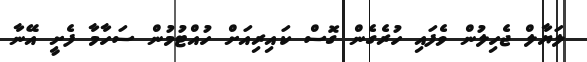
ލަޔާލް ޖެހިލުން ވެފައި ހުރެގެން ގޮސް ކައިރިއަށް ހުއްޓުމުން ސަހާމާ ފެށީ އޭނާ